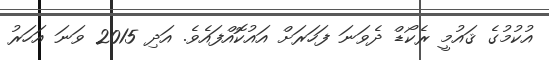
އުކުމުގެ ޤައުމީ ރެކޯޑް ދެވަނަ ފަހަރަށް އައުކޮއްފައެވެ. އަދި 2015 ވަނަ އަހަރު